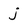
Character: j